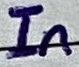
Text: In